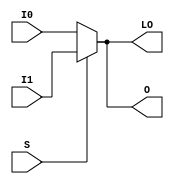
// $Header: /devl/xcs/repo/env/Databases/CAEInterfaces/verunilibs/s/MUXF5_D.v,v 1.9 2003/01/21 01:55:29 wloo Exp $

/*

FUNCTION	: 2 to 1 Multiplexer for Carry Logic

*/

`timescale  100 ps / 10 ps


module MUXF5_D (LO, O, I0, I1, S);

    output LO, O;
    reg    o_out, lo_out;

    input  I0, I1, S;

    buf B1 (O, o_out);
    buf B2 (LO, lo_out);

	always @(I0 or I1 or S) begin
	    if (S)
		o_out <= I1;
	    else
		o_out <= I0;
	end

	always @(I0 or I1 or S) begin
	    if (S)
		lo_out <= I1;
	    else
		lo_out <= I0;
	end

    specify
	(I0 => O) = (0, 0);
	(I1 => O) = (0, 0);
	(S  => O) = (0, 0);
	(I0 => LO) = (0, 0);
	(I1 => LO) = (0, 0);
	(S  => LO) = (0, 0);
    endspecify

endmodule